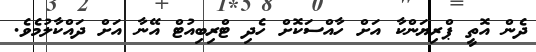
ދެން އޮތީ ޕްރިޔަންކާ އަށް ހާއްސަކޮށް ހެދި ޓްރިބިއުޓް އޭނާ އަށް ދައްކާލުމެވެ.